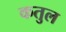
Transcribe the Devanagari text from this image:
कतुल